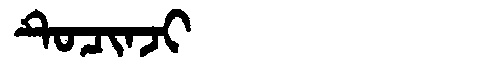
Manchu: ᡨᡠᠴᡳᠨᠵᡳ
Romanization: TUCINJI